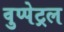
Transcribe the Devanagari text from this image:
वुप्‍पेट्रल